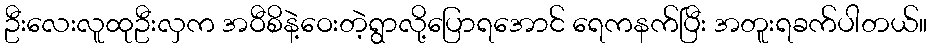
ဦးလေးလူထုဦးလှက အဝီစိနဲ့ဝေးတဲ့ရွာလို့ပြောရအောင် ရေကနက်ပြီး အတူးရခက်ပါတယ်။